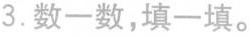
3.数一数，填一填